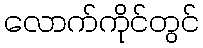
လောက်ကိုင်တွင်